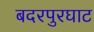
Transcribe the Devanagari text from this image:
बदरपुरघाट